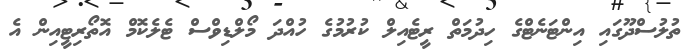
ތުލުސްދޫގައި އިންޓަނެޓްގެ ހިދުމަތް ރީޓެއިލް ކުރުމުގެ ހުއްދަ މޯލްޑިވްސް ޓެލެކޮމް އޮތޯރިޓީއިން އެ